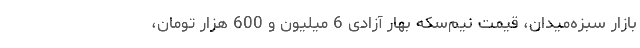
بازار سبزه‌میدان، قیمت نیم‌سکه بهار آزادی 6 میلیون و 600 هزار تومان،